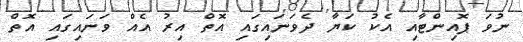
ނުވަ ޕޮއިންޓާއި އެކު ކަޔާ ދެވަނައިގައި އޮތް އިރު އެއް ވަނައިގައި އޮތް